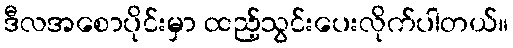
ဒီလအစောပိုင်းမှာ ထည့်သွင်းပေးလိုက်ပါတယ်။